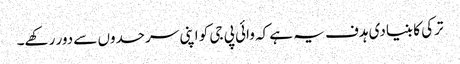
ترکی کا بنیادی ہدف یہ ہے کہ وائی پی جی کو اپنی سرحدوں سے دور رکھے۔